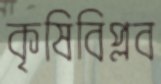
কৃষিবিপ্লব